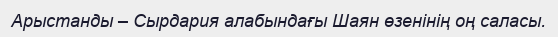
Арыстанды – Сырдария алабындағы Шаян өзенінің оң саласы.